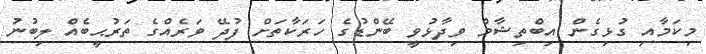
މިކަމާއި ގުޅިގެން އިބްތިޝާމް ވިދާޅުވީ ބޭންޑުގެ ހަރަކާތަށް ފުދޭ ވަރެއްގެ ތަރުޙީބެއް ލިބުނު